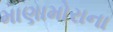
માણામોરાના